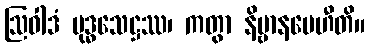
ဩဝါဒံ ဗုဒ္ဓသေဋ္ဌဿ၊ ကတွာ နိဗ္ဗာနမေဟီတိ။